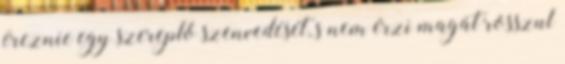
éreznie egy szereplő szenvedését, s nem érzi magát rosszul